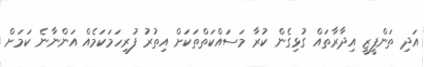
އަދި ތަންފީޒީ އިދާރާތައް ގުޅިގެން ކުރާ މަސައްކަތްތަކަށް އިތުރު ފުރިހަމަކަމެއް އަންނާނެ ކަމަށް